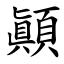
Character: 顚